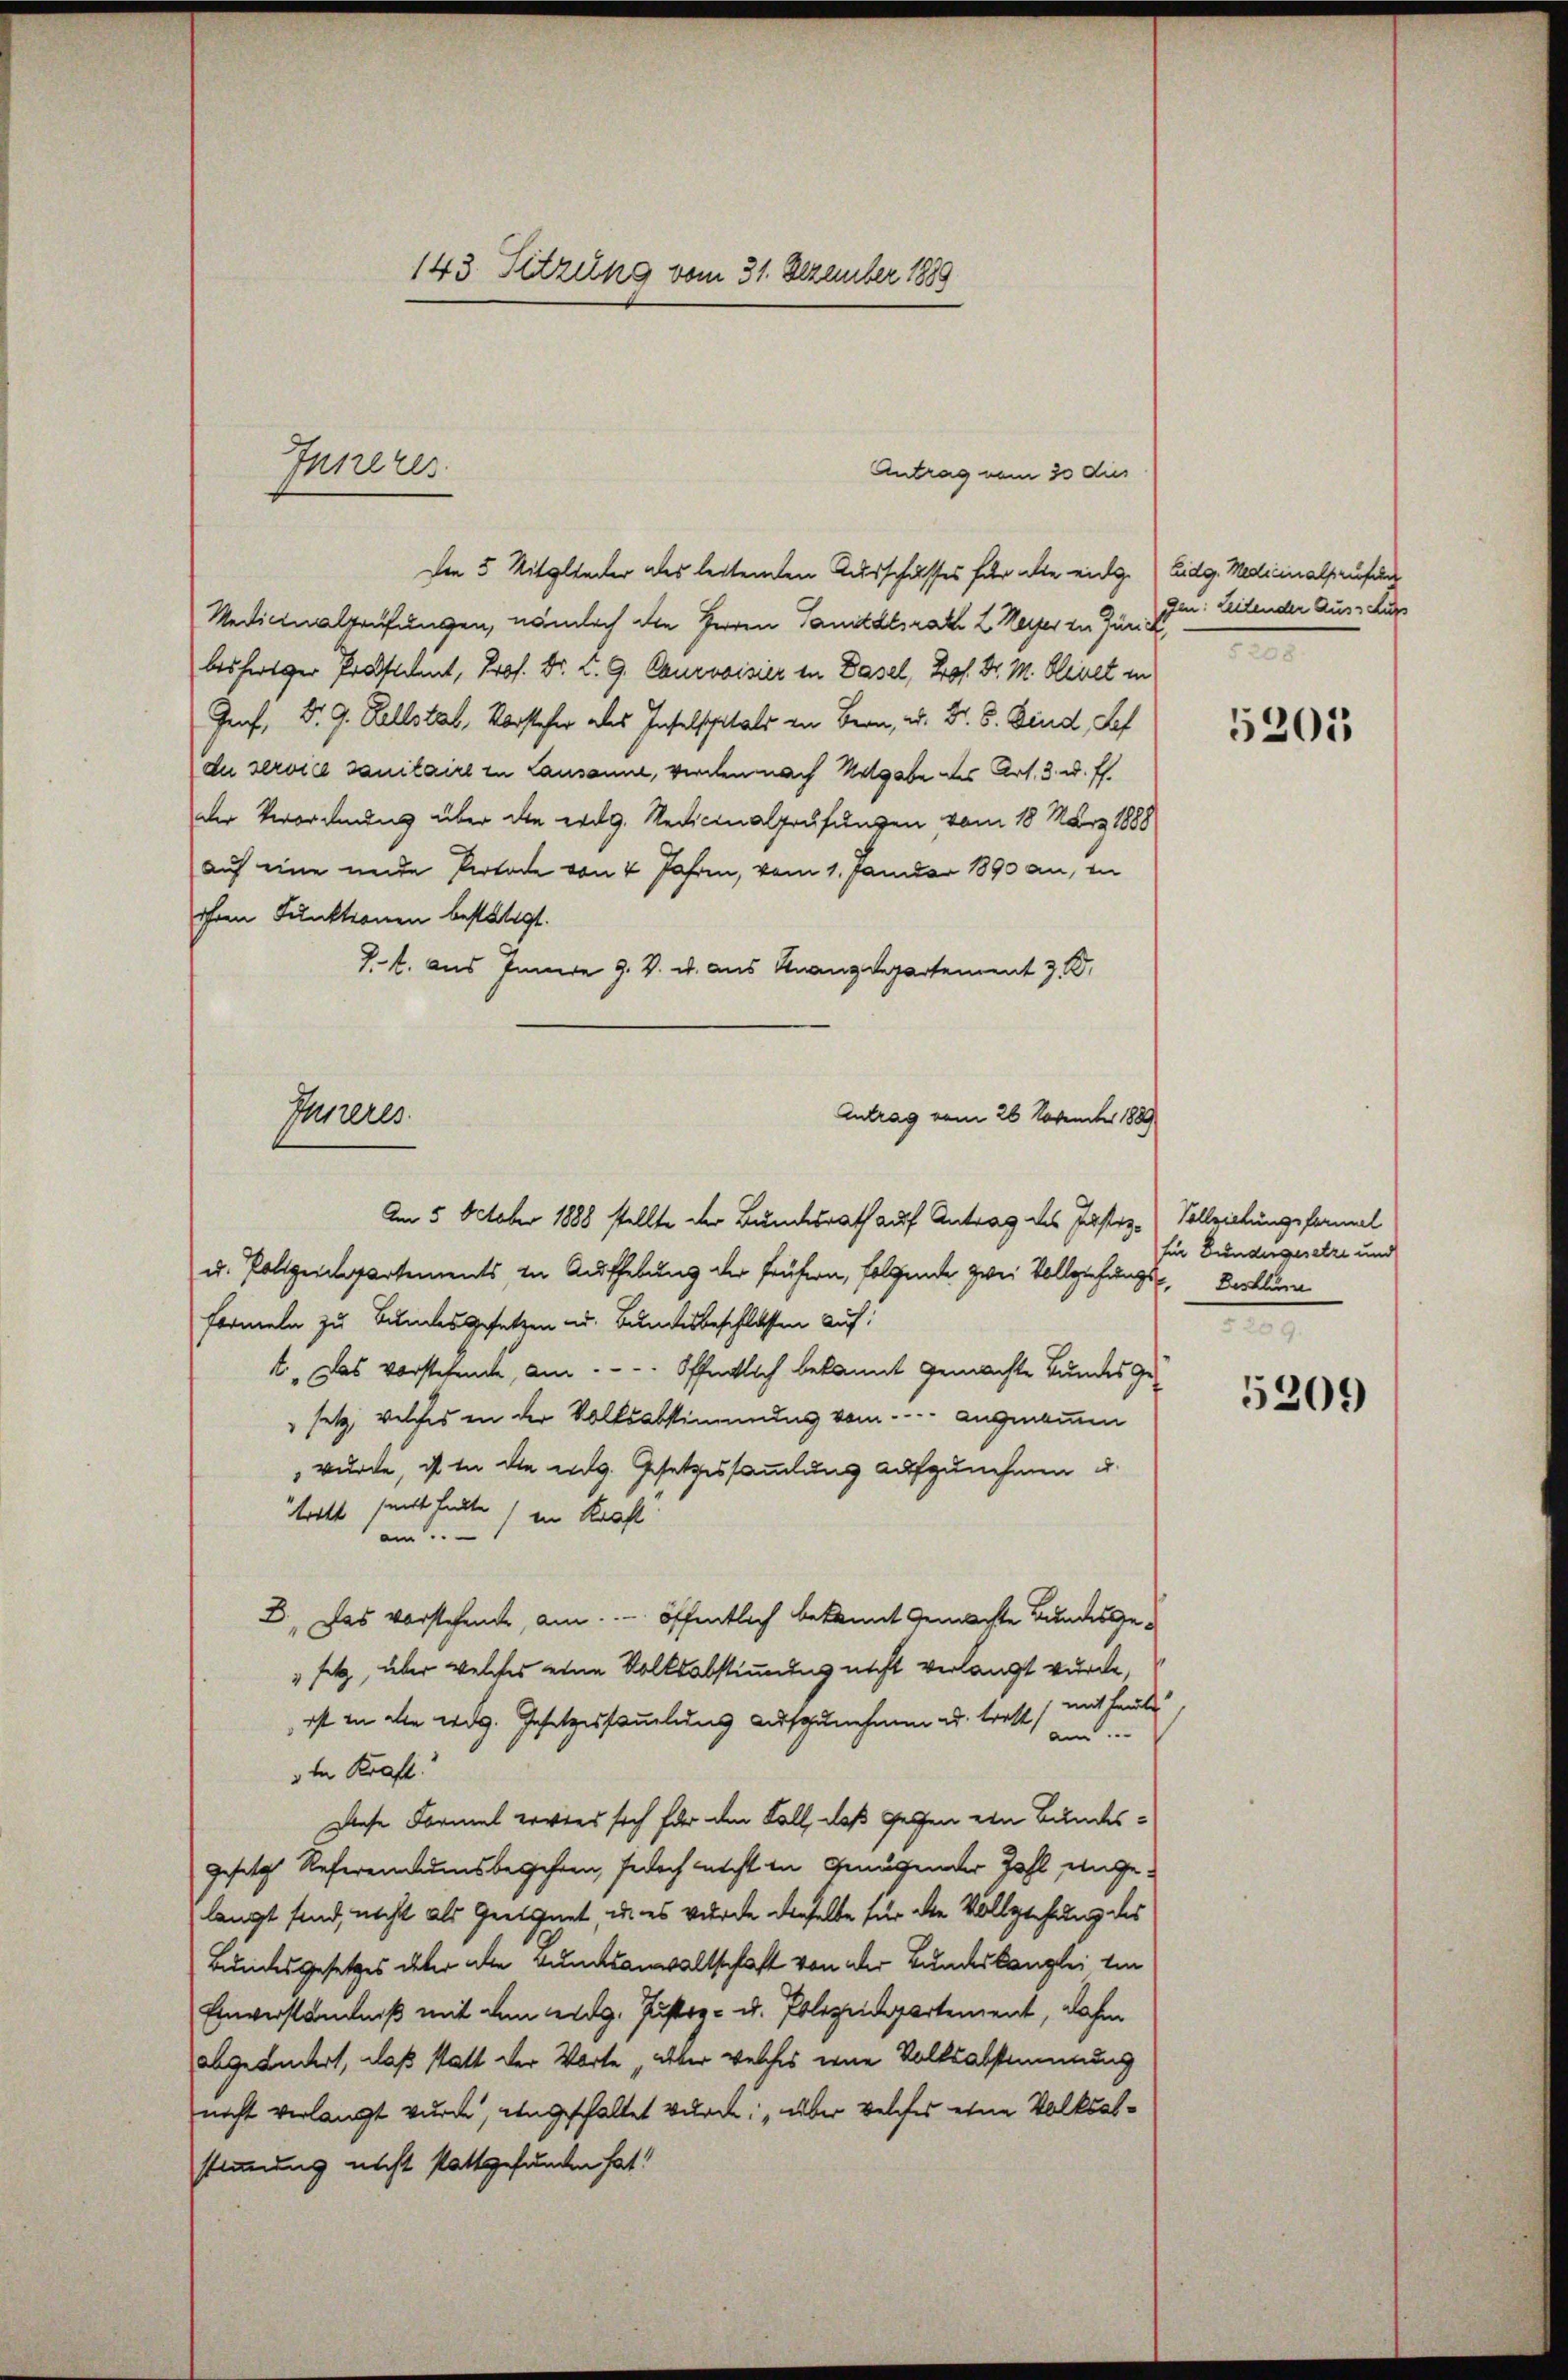
Jurel ver

143. Sitzung vom 31. Dezember 1889

Den 5 Mitglieder ales leitenden Ausschusses für alle eidg. Eidg. Medicinalpaufen
Medicinalprüfungen, nämlich die Herren Sanitätsrath L. Keiser in Jun. 19. Leitender Aus-Kur
besfertiger Proscheint, Prof. Dr. K. G. Courvoisier in Dasel, Prof. Dr. M. Bleiet in
Graf. Dr. G. Kellstab, Vorsteher des Inselspitals in Bern, u. Dr. S. Bind, Sef
de serviel sanitaire zu Lausanne, werden nach Wolgabe des Art. 3. u. ff.
der Verordnung über die erdg. Redicinalprüfungen vom 18. März 1888
auf eine unde Pertode von 4 Jahren, vom 1. Januar 1890 an, in
ihnen Funktionen bestätigt.
J.. aus Innere 9. V. u. aus Knanzdepartement z. B.
Am 5. October 1888 stellte der Bundesrath auf Antrag des Justiz-Vollziehungsformel
u. Polizeispartements, in Aufhebung der frühern, folgende zwei Vollziehungs-, Beklam
Formeln zu Bundesgesetzen u. Bundesbeschlossen auf
t. Das vorstehende, am ... Öffentlich bekannt gemachte Bundes Ge-
setz, welches in der Volksabstimmung vom angenommen
 wurde, ist in die eidg. Gesetzessammlung aufzunehmen u.
tritt sandt hatte) ein Kraft
am
B. Das vorstehende, am ... öffentlich bekannt gemachte Bundesgeset, über welches eine Volksabstimmung nicht verlangt wurde,
 ist an alle eidg. Gesetzessammlung aufzunehmen u. traft mit heute
" in Kraft
Diese Formel erwies sich für den Fall, daß gegen ein Bundesgesetzt Referentumsbegehren, jedoch nicht in Genügender Zahl eingelangt sind, nicht als Geeignet u. es wurde derselbe für die Vollziehung des
Bundesgesetzes über alle Bundsanwaltschaft von der Bundeskanzlei ein
Einverständniß mit dem eidg. Justiz- u. Polizeidepartement, dahin
abgeändert, daß statt der Worte aber welches eine Volksabstimmung
nicht verlangt wurde, angeschaltet wurde: „über welches eine Volksabstimmung nicht stattgefunden hat!

Antrag vom 30 dus

Ihreres
Antrag vom 26 November 1889

e

5205

für Bundergesetze und
e

5209